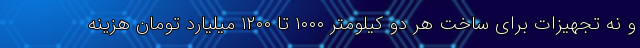
و نه تجهیزات برای ساخت هر دو کیلومتر ۱۰۰۰ تا ۱۲۰۰ میلیارد تومان هزینه